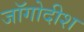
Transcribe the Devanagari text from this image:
जॉगोदीश